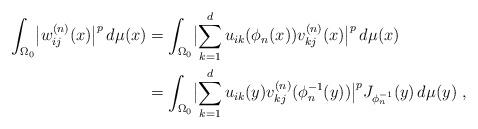
LaTeX: \begin{align*}\int_{\Omega_0}\bigl|w_{ij}^{(n)}(x)\bigr|^p\,d\mu(x)&=\int_{\Omega_0}\bigl|\sum_{k=1}^d u_{ik}(\phi_n(x))v_{kj}^{(n)}(x)\bigr|^p\,d\mu(x) \\&=\int_{\Omega_0}\bigl|\sum_{k=1}^d u_{ik}(y)v_{kj}^{(n)}(\phi_n^{-1}(y))\bigr|^p J_{\phi_n^{-1}}(y)\,d\mu(y) \ , \end{align*}